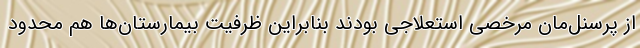
از پرسنل‌مان مرخصی استعلاجی بودند بنابراین ظرفیت بیمارستان‌ها هم محدود